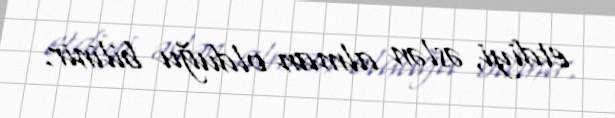
etdiyi, əslən alman olduğu bilinir.